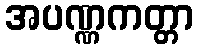
အပဏ္ဏကတ္တာ